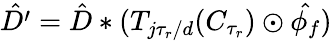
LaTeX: \hat{D^{\prime}}=\hat{D}*(T_{j\tau_{r}/d}(C_{\tau_{r}})\odot\hat{\phi_{f}})